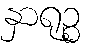
နှာရုဉ္စ